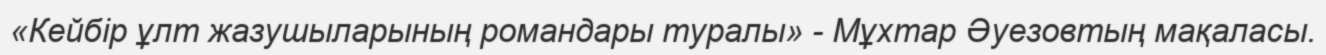
«Кейбір ұлт жазушыларының романдары туралы» - Мұхтар Әуезовтың мақаласы.